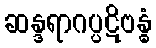
ဆန္ဒရာဂပ္ပဋိဗန္ဓံ